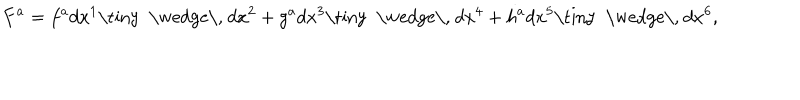
LaTeX: F ^ { a } = f ^ { a } d x ^ { 1 } \mathrm { \tiny ~ \wedge \, ~ } d x ^ { 2 } + g ^ { a } d x ^ { 3 } \mathrm { \tiny ~ \wedge \, ~ } d x ^ { 4 } + h ^ { a } d x ^ { 5 } \mathrm { \tiny ~ \wedge \, ~ } d x ^ { 6 } ,